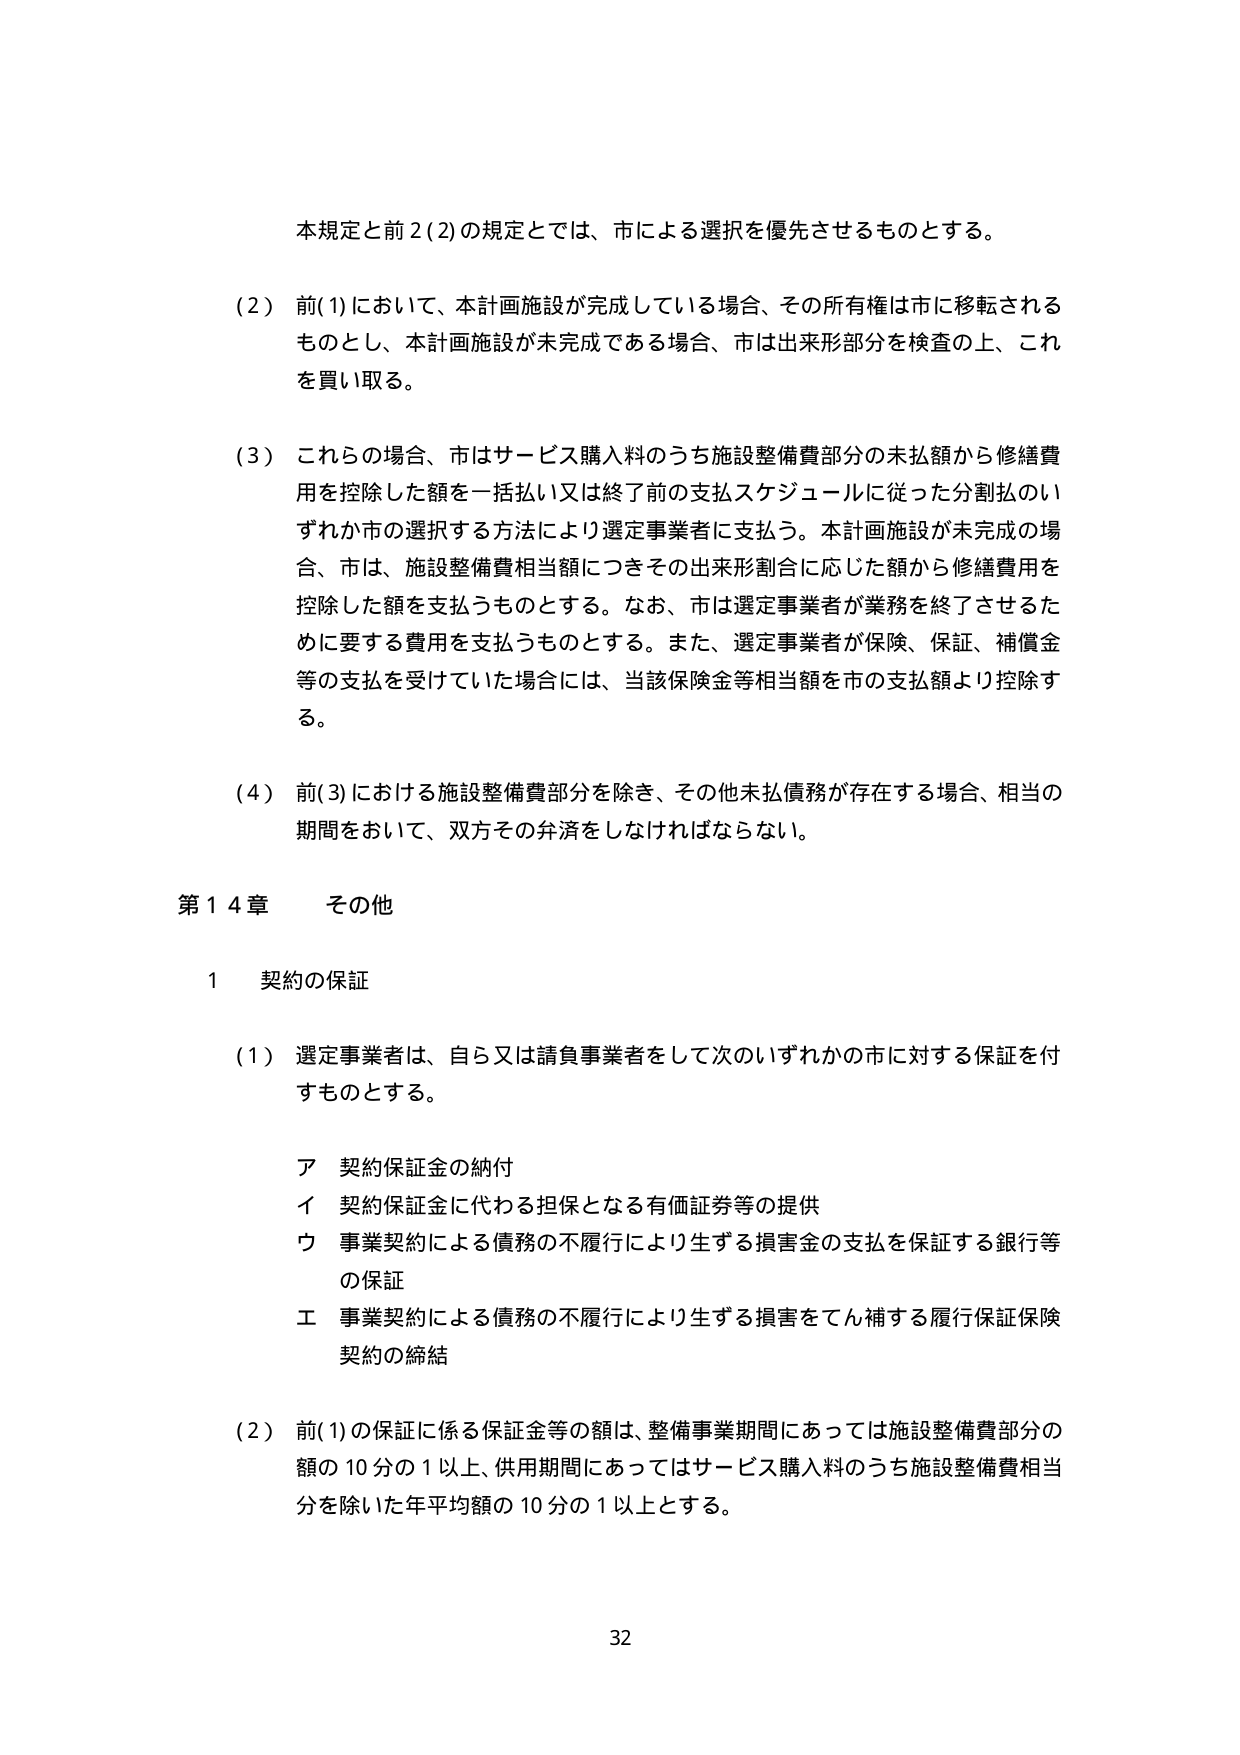
本規定と前2(2)の規定とでは、市による選択を優先させるものとする。

(2) 前(1)において、本計画施設が完成している場合、その所有権は市に移転されるものとし、本計画施設が未完成である場合、市は出来形部分を検査の上、これを買い取る。

(3) これらの場合、市はサービス購入料のうち施設整備費部分の未払額から修繕費用を控除した額を一括払い又は終了前の支払スケジュールに従った分割払いいずれか市の選択する方法により選定事業者に支払う。本計画施設が未完成の場合、市は、施設整備費相当額につきその出来形割合に応じた額から修繕費用を控除した額を支払うものとする。なお、市は選定事業者が業務を終了させるために要する費用を支払うものとする。また、選定事業者が保険、保証、補償金等の支払を受けていた場合には、当該保険金等相当額を市の支払額より控除する。

(4) 前(3)における施設整備費部分を除き、その他未払債務が存在する場合、相当の期間をおいて、双方その弁済をしなければならない。

第14章 その他

1 契約の保証

(1) 選定事業者は、自ら又は請負事業者をして次のいずれかの市に対する保証を付すものとする。

ア 契約保証金の納付
イ 契約保証金に代わる担保となる有価証券等の提供
ウ 事業契約による債務の不履行により生ずる損害金の支払を保証する銀行等の保証
エ 事業契約による債務の不履行により生ずる損害をてん補する履行保証保険契約の締結

(2) 前(1)の保証に係る保証金等の額は、整備事業期間にあっては施設整備費部分の額の10分の1以上、供用期間にあってはサービス購入料のうち施設整備費相当分を除いた年平均額の10分の1以上とする。

32